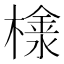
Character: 𣛞